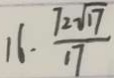
1 6 . \frac { 7 2 \sqrt { 1 7 } } { 1 7 }